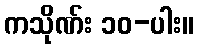
ကသိုဏ်း ၁၀-ပါး။